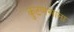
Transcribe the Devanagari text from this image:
कुंटणखाना